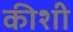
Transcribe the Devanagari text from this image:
कीशी